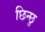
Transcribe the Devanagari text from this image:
छिन्छु